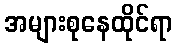
အများစုနေထိုင်ရာ